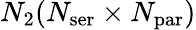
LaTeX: N_{\mathrm{2}}(N_{\mathrm{ser}}\times N_{\mathrm{par}})